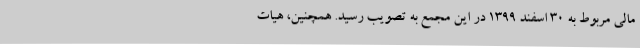
مالی مربوط به 30 اسفند 1399 در این مجمع به تصویب رسید. همچنین، هیات